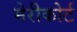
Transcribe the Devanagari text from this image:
मेरीकोर्ट